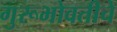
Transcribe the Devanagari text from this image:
गुरूभोवतीचे